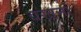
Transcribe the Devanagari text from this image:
वखनां